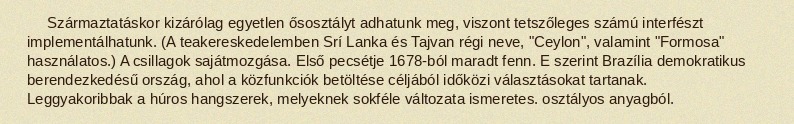
Származtatáskor kizárólag egyetlen ősosztályt adhatunk meg, viszont tetszőleges számú interfészt implementálhatunk. (A teakereskedelemben Srí Lanka és Tajvan régi neve, "Ceylon", valamint "Formosa" használatos.) A csillagok sajátmozgása. Első pecsétje 1678-ból maradt fenn. E szerint Brazília demokratikus berendezkedésű ország, ahol a közfunkciók betöltése céljából időközi választásokat tartanak. Leggyakoribbak a húros hangszerek, melyeknek sokféle változata ismeretes. osztályos anyagból.